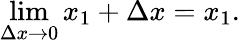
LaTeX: \operatorname*{lim}_{\Delta x\to 0}x_{1}+\Delta x=x_{1}.